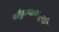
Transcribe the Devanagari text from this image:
चौफुल्यापासूनही